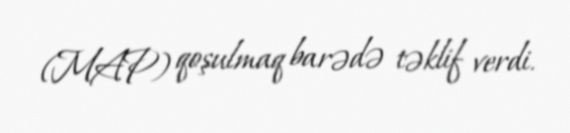
(MAP) qoşulmaq barədə təklif verdi.